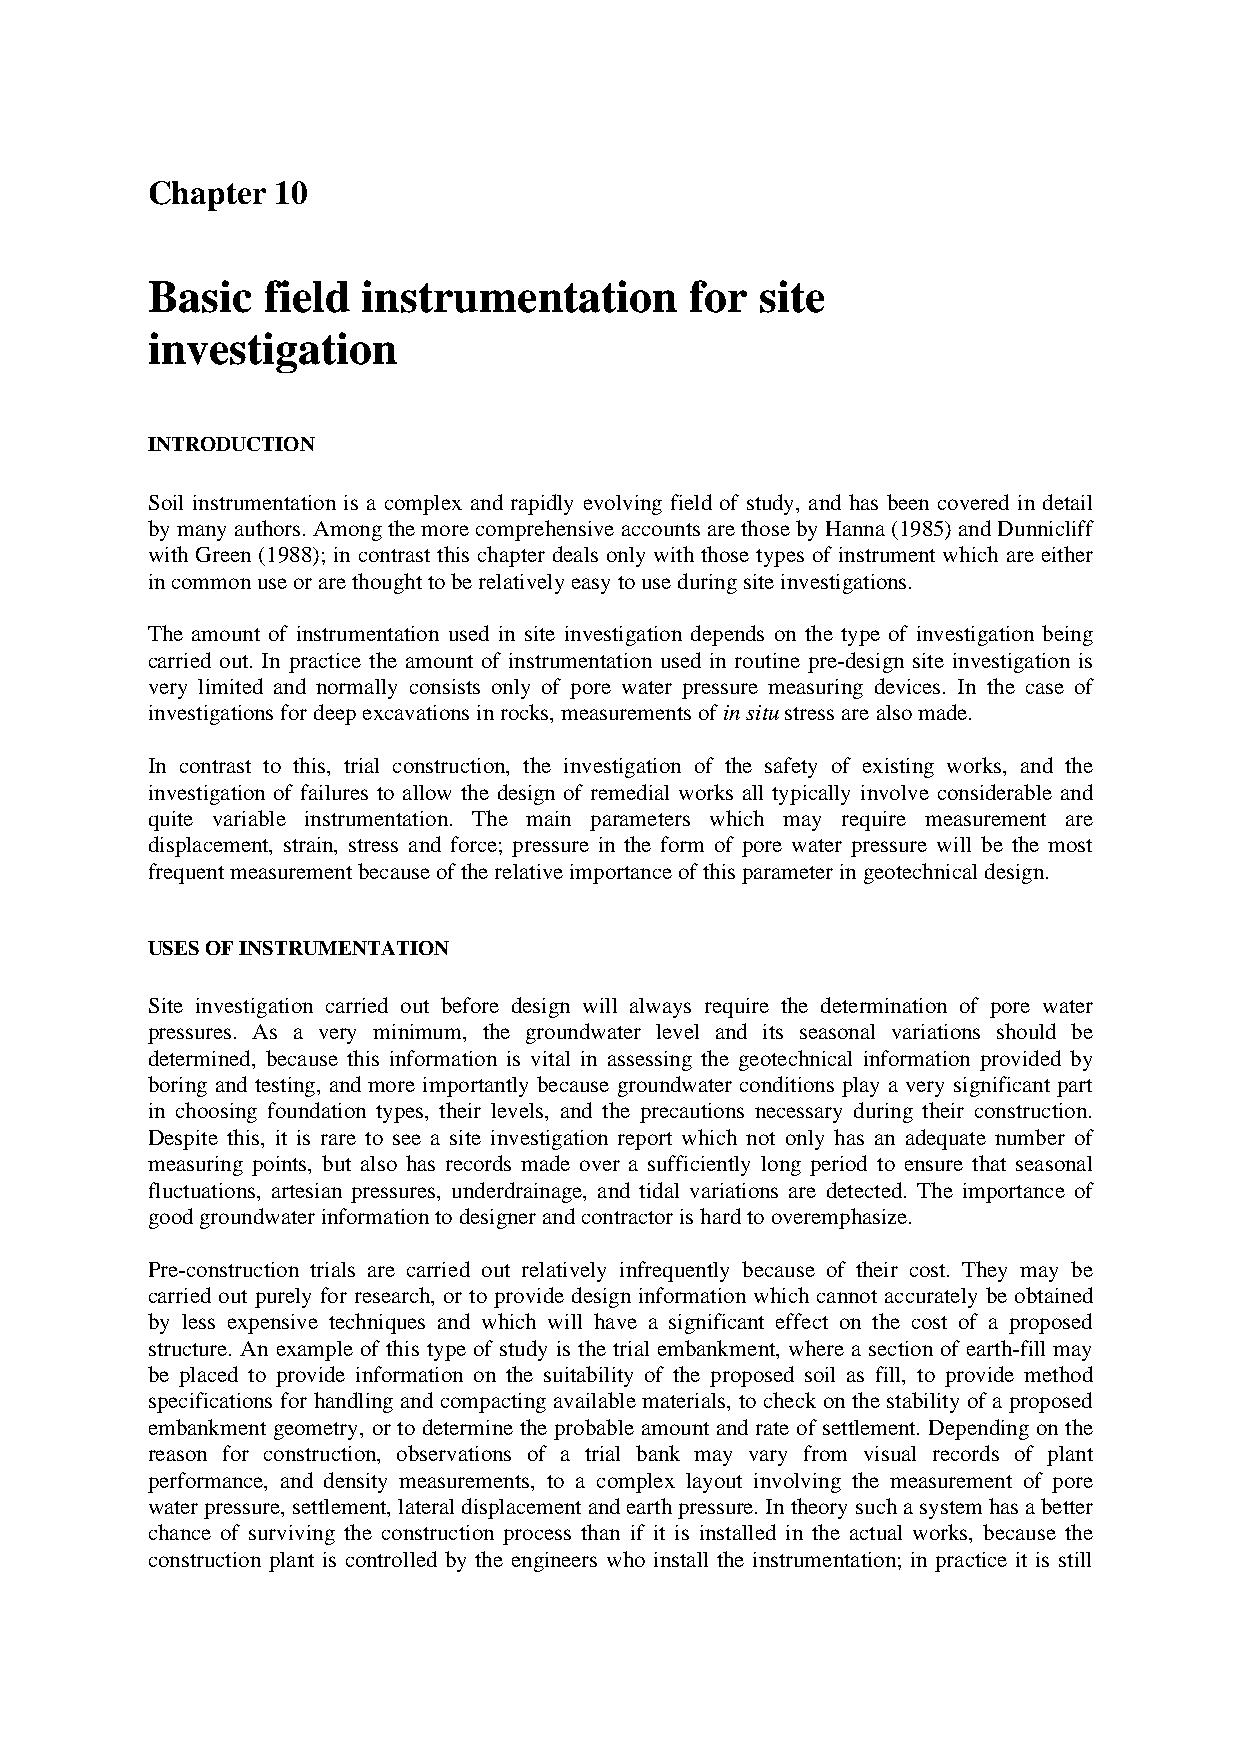
Chapter 10
 Basic  field  instrumentation       for site
 investigation
 INTRODUCTION
 Soil instrumentation is a complex and rapidly evolving field of study, and has been covered in detail
 by many authors. Among the more comprehensive accounts are those by Hanna (1985) and Dunnicliff
 with Green (1988); in contrast this chapter deals only with those types of instrument which are either
 in common use or are thought to be relatively easy to use during site investigations.
 The amount of instrumentation used in site investigation depends on the type of investigation being
 carried out. In practice the amount of instrumentation used in routine pre-design site investigation is
 very limited and normally consists only of pore water pressure measuring devices. In the case of
 investigations for deep excavations in rocks, measurements of in situ stress are also made.
 In contrast to this, trial construction, the investigation of the safety of existing works, and the
 investigation of failures to allow the design of remedial works all typically involve considerable and
 quite variable instrumentation. The main parameters which may require measurement are
 displacement, strain, stress and force; pressure in the form of pore water pressure will be the most
 frequent measurement because of the relative importance of this parameter in geotechnical design.
 USES OF INSTRUMENTATION
 Site investigation carried out before design will always require the determination of pore water
 pressures. As a very minimum, the groundwater level and its seasonal variations should be
 determined, because this information is vital in assessing the geotechnical information provided by
 boring and testing, and more importantly because groundwater conditions play a very significant part
 in choosing foundation types, their levels, and the precautions necessary during their construction.
 Despite this, it is rare to see a site investigation report which not only has an adequate number of
 measuring points, but also has records made over a sufficiently long period to ensure that seasonal
 fluctuations, artesian pressures, underdrainage, and tidal variations are detected. The importance of
 good groundwater information to designer and contractor is hard to overemphasize.
 Pre-construction trials are carried out relatively infrequently because of their cost. They may be
 carried out purely for research, or to provide design information which cannot accurately be obtained
 by less expensive techniques and which will have a significant effect on the cost of a proposed
 structure. An example of this type of study is the trial embankment, where a section of earth-fill may
 be placed to provide information on the suitability of the proposed soil as fill, to provide method
 specifications for handling and compacting available materials, to check on the stability of a proposed
 embankment geometry, or to determine the probable amount and rate of settlement. Depending on the
 reason for construction, observations of a trial bank may vary from visual records of plant
 performance, and density measurements, to a complex layout involving the measurement of pore
 water pressure, settlement, lateral displacement and earth pressure. In theory such a system has a better
 chance of surviving the construction process than if it is installed in the actual works, because the
 construction plant is controlled by the engineers who install the instrumentation; in practice it is still